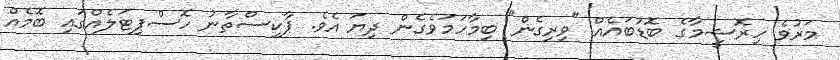
މަރުވެ ހިރޮޝީމާގެ ބޮޑުބައެއް "ވިރިގެން" ބިމާހަމަވެގެން ދިޔަ އެވެ. ޕާކިސްތާނު ހޮސްޕިޓަލެއްގައި ބޮމެއް